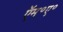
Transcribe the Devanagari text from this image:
ऍम॰ए॰